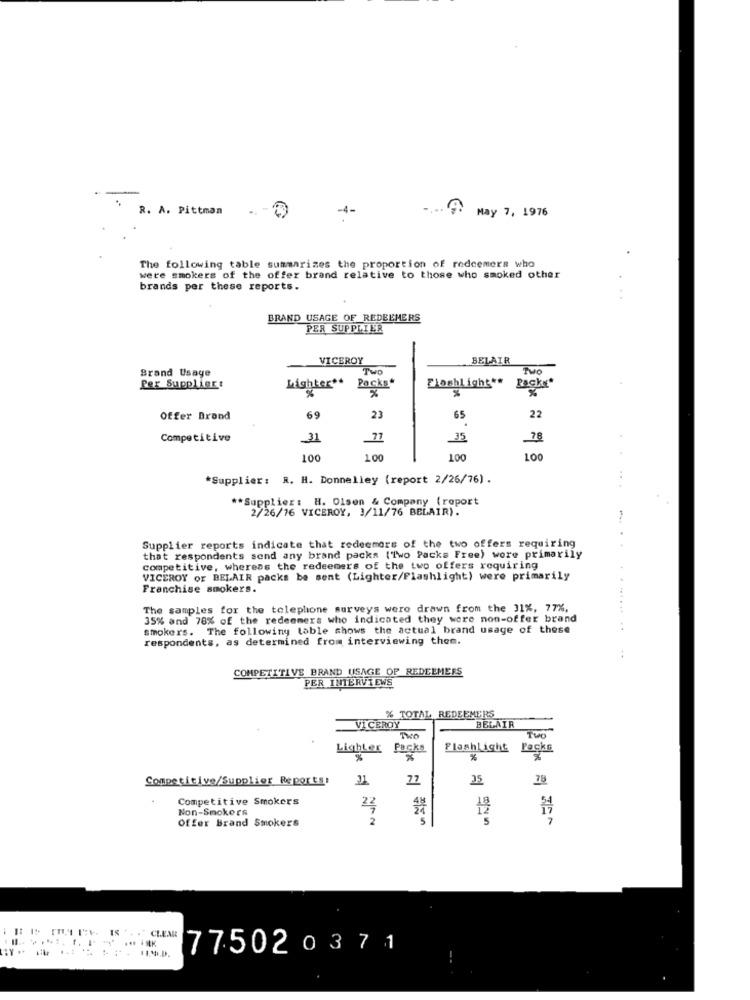
R. A. Pittman
-4-
.... .
May 7, 1976
The following table summarizes the proportion of redeemers who
were smokers of the offer brand relative to those who smoked other
brands per these reports.
BRAND USAGE OF REDEEMERS
PER SUPPLLER
VICEROY
BELAIR
Brand Usage
Two
Two
Lighter **
Packs*
Flashlight##
Packe*
Per Supplier:
%
%
22
Offer Brand
69
23
65
Competitive
31
77
35
78
100
100
100
100
*Supplier: R. H. Donnelley (report 2/26/76).
** Supplier: H. Olsen & Company (report
2/26/16 VICEROY, 3/11/76 BELAIR).
Supplier reports indicate that redeemors of the two offers requiring
that respondents send any brand packs (Two Packs Free) wore primarily
competitive, whereas the redeemers of the two offers requiring
VICEROY or BELAIR packs be sent (Lighter/Flashlight) were primarily
Franchise smokers.
The samples for the telephone surveys were drawn from the 31%, 77%,
35% and 78% of the redeemers who indicated they were non-offer brand
smokers. The following table shows the actual brand usage of these
respondents, as determined from interviewing them.
COMPETITIVE BRAND USAGE OF REDEEMERS
PER INTERVIEWS
% TOTAL REDEEMERS
VI CEROY
BELAIR
Two
Two
LighLer
Packs
Flashlight
Packe
%
%
%
%
Competitive/Supplier Reports!
27
25
Competitive Smokers
Non-Smokers
22
Offer Brand Smokers
S
5
77502 0371